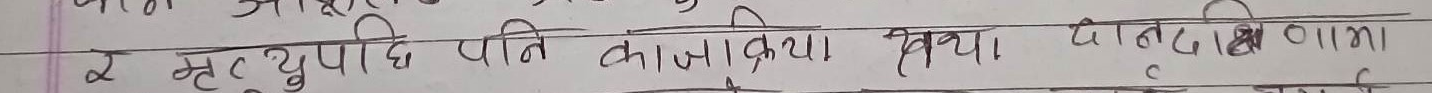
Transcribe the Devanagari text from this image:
२ मृत्युपछि पति काजक्रिया तथा पैदा १२० मा